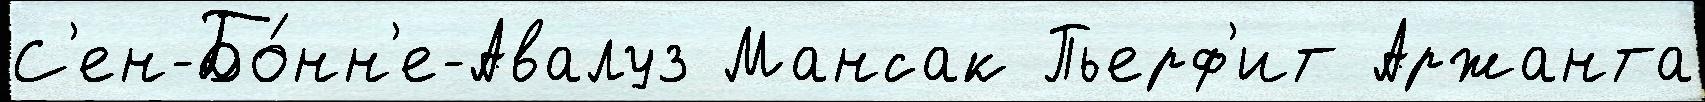
С'ен-Бо́нн'е-Авалуз Мансак Пьерф'ит Аржанта